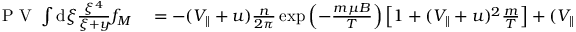
\begin{array} { r l } { \mathrm { ~ P ~ V ~ } \int \mathrm { d } \xi \frac { \xi ^ { 4 } } { \xi + y } f _ { M } } & { { } = - ( V _ { \parallel } + u ) \frac { n } { 2 \pi } \exp \left( - \frac { m \mu B } { T } \right) \left[ 1 + ( V _ { \parallel } + u ) ^ { 2 } \frac { m } { T } \right] + ( V _ { \parallel } + u ) ^ { 4 } \mathcal { I } . } \end{array}